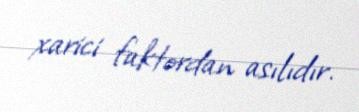
xarici faktordan asılıdır.